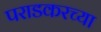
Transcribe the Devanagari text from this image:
पराडकरच्या